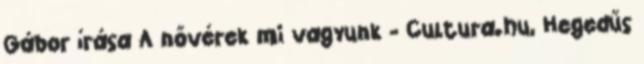
Gábor írása A nővérek mi vagyunk - Cultura.hu, Hegedűs